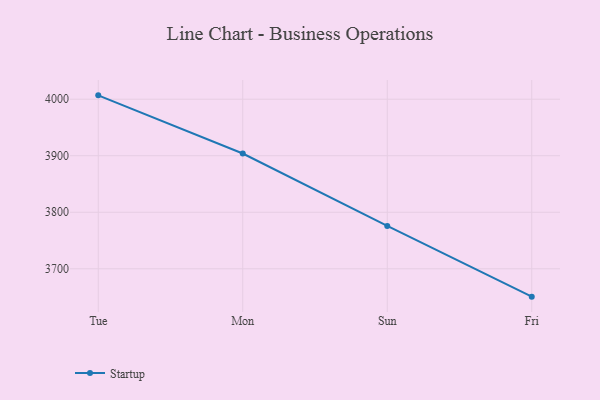
{"axis": {"x": "Day", "y": "Temperature (°C)"}, "legend": ["Startup"], "data": [{"x": "Tue", "y": 4006.8, "type": "Startup"}, {"x": "Mon", "y": 3903.9, "type": "Startup"}, {"x": "Sun", "y": 3775.9, "type": "Startup"}, {"x": "Fri", "y": 3650.7, "type": "Startup"}]}